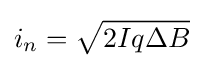
i_{n}={\sqrt {2Iq\Delta B}}